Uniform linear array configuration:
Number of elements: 4
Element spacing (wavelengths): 0.5
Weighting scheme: uniform
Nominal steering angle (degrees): -15
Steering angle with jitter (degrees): -13.506
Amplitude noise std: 0.05
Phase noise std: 0.05

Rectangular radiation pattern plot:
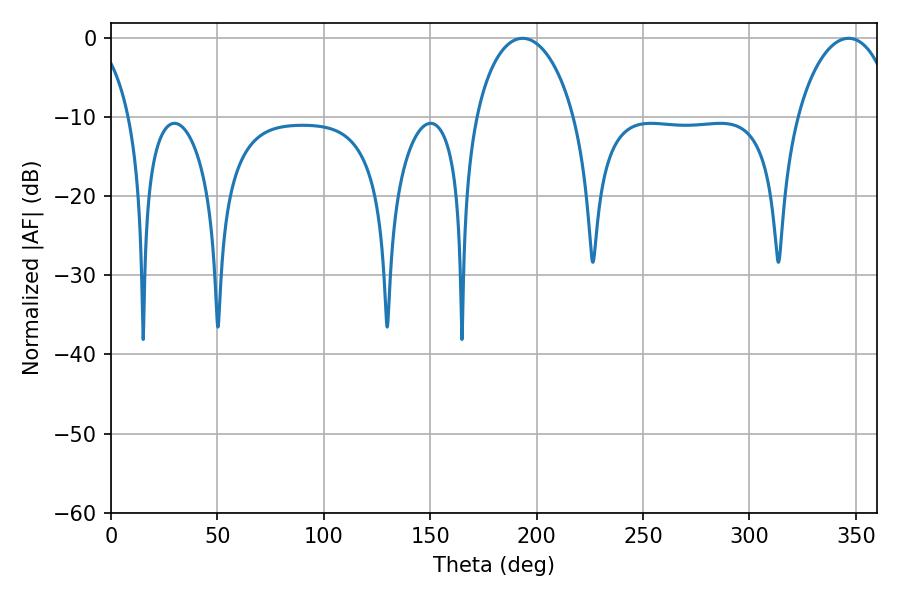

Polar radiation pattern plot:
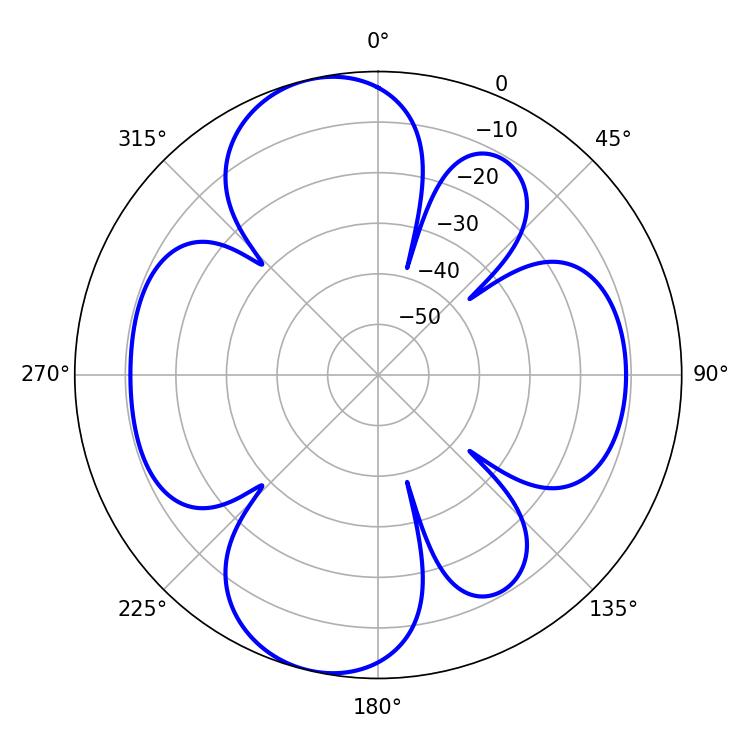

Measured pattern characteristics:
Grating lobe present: FALSE
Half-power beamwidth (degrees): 26.64
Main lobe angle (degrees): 193.32